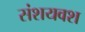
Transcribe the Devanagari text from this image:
संशयवश